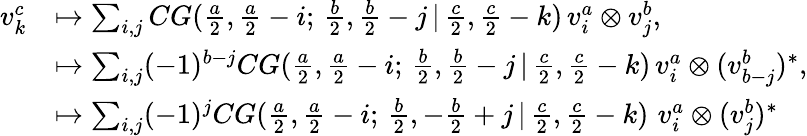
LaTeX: \begin{array}{rl}{v_{k}^{c}}&{\mapsto\sum_{i,j}CG(\frac{a}{2},\frac{a}{2}-i;\, \frac{b}{2},\frac{b}{2}-j\, |\, \frac{c}{2},\frac{c}{2}-k)\, v_{i}^{a}\otimes v_{j}^{b},}\\ &{\mapsto\sum_{i,j}(-1)^{b-j}CG(\frac{a}{2},\frac{a}{2}-i;\, \frac{b}{2},\frac{b}{2}-j\, |\, \frac{c}{2},\frac{c}{2}-k)\, v_{i}^{a}\otimes(v_{b-j}^{b})^{*},}\\ &{\mapsto\sum_{i,j}(-1)^{j}CG(\frac{a}{2},\frac{a}{2}-i;\, \frac{b}{2},-\frac{b}{2}+j\, |\, \frac{c}{2},\frac{c}{2}-k)\, \, v_{i}^{a}\otimes(v_{j}^{b})^{*}}\end{array}